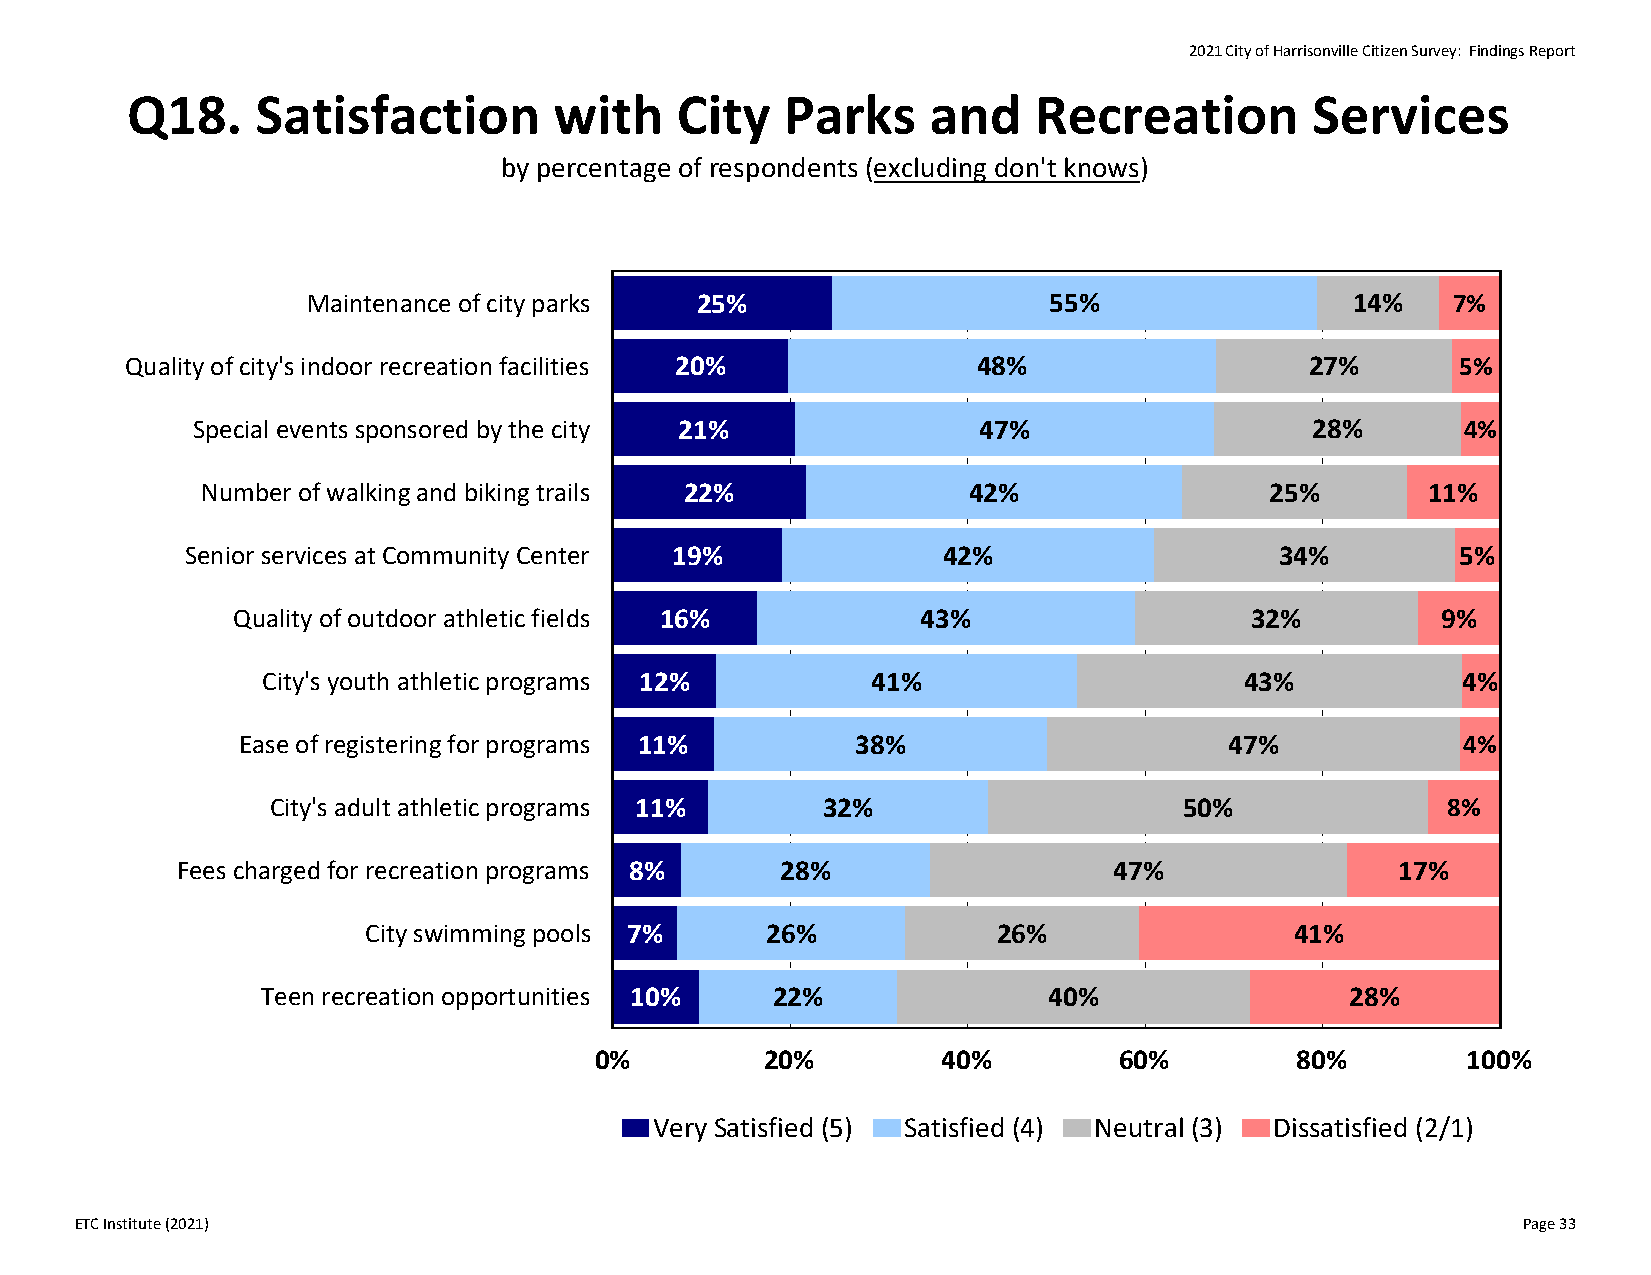
2021 City of Harrisonville Citizen Survey: Findings Report
 Q18.     Satisfaction        with    City   Parks     and   Recreation         Services
 by percentage of respondents (excluding don't knows)
 Maintenance of city parks 25%                    55%                 14%    7%
 Quality of city's indoor recreation facilities 20%       48%                   27%       5%
 Special events sponsored by the city 21%            47%                   28%       4%
 Number of walking and biking trails 22%            42%                 25%       11%
 Senior services at Community Center 19%           42%                    34%         5%
 Quality of outdoor athletic fields 16%        43%                   32%         9%
 City's youth athletic programs 12%       41%                     43%            4%
 Ease of registering for programs 11%     38%                     47%             4%
 City's adult athletic programs 11%  32%                     50%               8%
 Fees charged for recreation programs 8% 28%                   47%                17%
 City swimming pools 7%     26%            26%                 41%
 Teen recreation opportunities 10% 22%               40%                 28%
 0%          20%        40%         60%         80%        100%
 Very Satisfied (5) Satisfied (4) Neutral (3) Dissatisfied (2/1)
 ETC Institute (2021)                                                                            Page 33